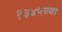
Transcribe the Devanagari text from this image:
१३४५च्या